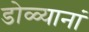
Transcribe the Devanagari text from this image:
डोळ्यानां